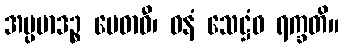
အပ္ပမာဒဉ္စ မေဓာဝီ၊ ဓနံ သေဋ္ဌံဝ ရက္ခတိ။